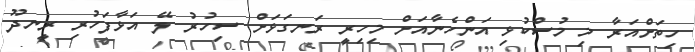
ހިތަށްއަރާ މި މުސްކުޅި އަންހެނާއަށް މިހިރީ ރަނގަޅަށް ސިހުރު ލޭ އަޅާފަހުރި ރީނދޫ